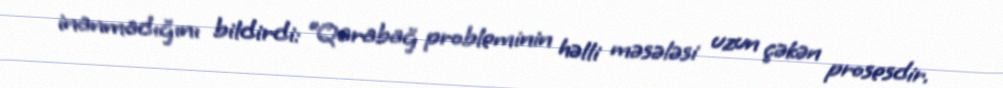
inanmadığını bildirdi: “Qarabağ probleminin həlli məsələsi uzun çəkən prosesdir.